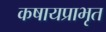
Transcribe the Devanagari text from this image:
कषायप्राभृत